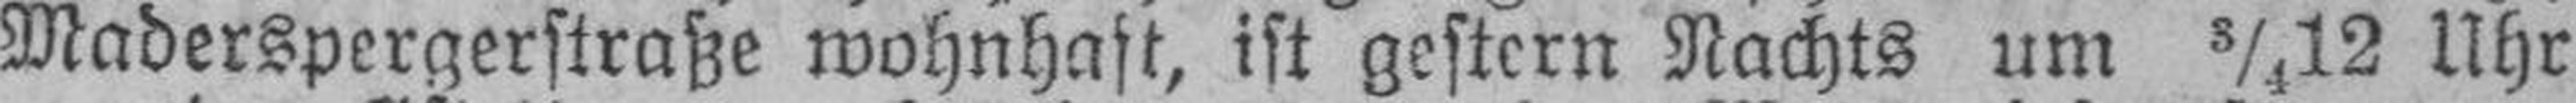
Maderspergerstraße wohnhaft, ist gestern Nachts um ¾12 Uhr